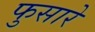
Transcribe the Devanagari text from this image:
फुसारे